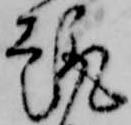
趣